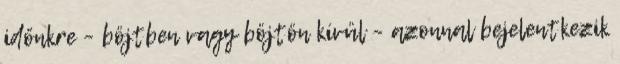
időnkre – böjtben vagy böjtön kívül – azonnal bejelentkezik